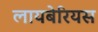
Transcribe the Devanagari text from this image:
लायबेरियस